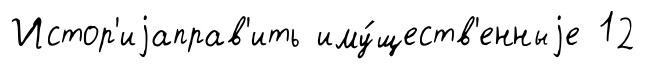
Истор'иjаправ'ить иму́ществ'енныjе 12